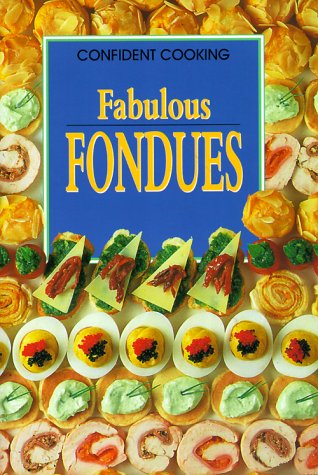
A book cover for Fabulous Fondues; Anne Wilson; Cookbooks, Food & Wine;